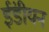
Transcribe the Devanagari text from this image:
ईंडीयन